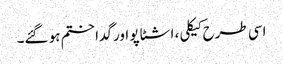
اسی طرح کیکلی، اشٹاپو اور گدا ختم ہو گئے۔